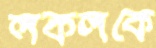
লকলকে